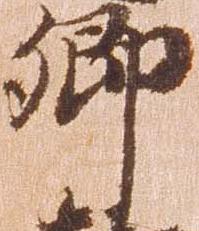
郷